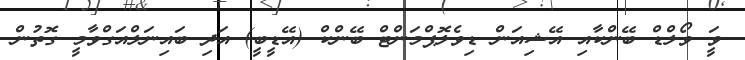
ވަީ ވޯލްޑް ބޭންކާއި އޭޝިއަން ޑިވެލޮޕްމަންޓް ބޭންކް (އޭޑީބީ) އަދި ބައިނަލްއަގްވާމީ ގޮތުން